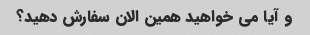
و آیا می خواهید همین الان سفارش دهید؟